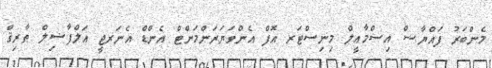
މެންބަރު ފައްޔާޟް އިސްމާޢީލް މިނިސްޓަރ އޮފް އެންވަޔަރަންމަންޓް އެންޑް އެނަރޖީ އަލްފާޟިލް ޠާރިޤް